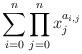
LaTeX: \begin{gather*}\sum_{i=0}^n \prod_{j=0}^n x_j^{a_{i,j}}\end{gather*}